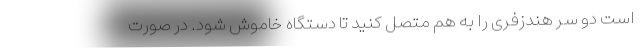
است دو سر هندزفری را به هم متصل کنید تا دستگاه خاموش شود. در صورت